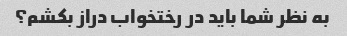
به نظر شما باید در رختخواب دراز بکشم؟